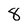
Character: 8